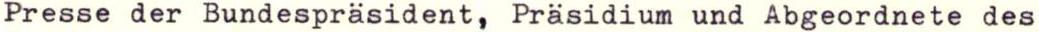
Presse der Bundespräsident, Präsidium und Abgeordnete des